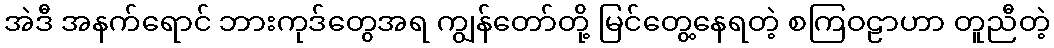
အဲဒီ အနက်ရောင် ဘားကုဒ်တွေအရ ကျွန်တော်တို့ မြင်တွေ့နေရတဲ့ စကြဝဠာဟာ တူညီတဲ့